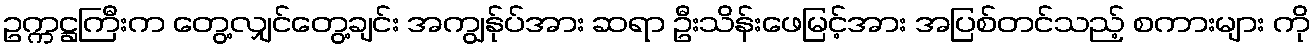
ဥက္ကဋ္ဌကြီးက တွေ့လျှင်တွေ့ချင်း အကျွန်ုပ်အား ဆရာ ဦးသိန်းဖေမြင့်အား အပြစ်တင်သည့် စကားများ ကို